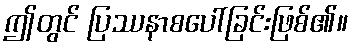
ဤတွင် ပြဿနာစပေါ်ခြင်းဖြစ်၏။